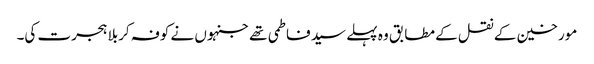
مورخین کے نقل کے مطابق وہ پہلے سید فاطمی تھے جنہوں نے کوفہ کربلا ہجرت کی۔